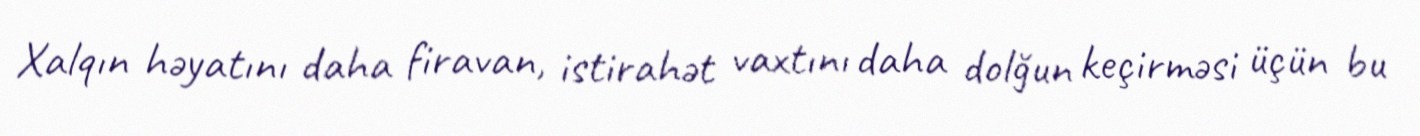
Xalqın həyatını daha firavan, istirahət vaxtını daha dolğun keçirməsi üçün bu